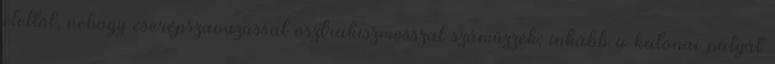
élettől, nehogy cserépszavazással osztrakiszmosszal száműzzék; inkább a katonai pályát